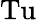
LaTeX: \mathrm{Tu}